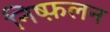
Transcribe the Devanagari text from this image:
निष्फ़लन